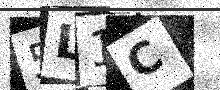
Text: 5L1C